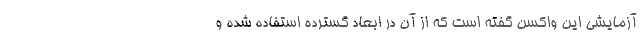
آزمایشی این واکسن گفته است که از آن در ابعاد گسترده استفاده شده و